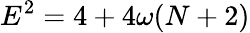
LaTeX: E^{2}=4+4\omega(N+2)